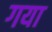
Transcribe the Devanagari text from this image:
गया